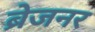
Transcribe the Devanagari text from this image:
ब्रेजनर